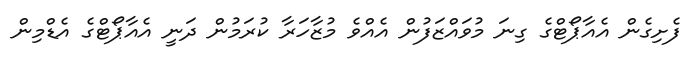
ފެށިގެން އެއާޕޯޓްގެ ގިނަ މުވައްޒަފުން އެއްވެ މުޒާހަރާ ކުރަމުން ދަނީ އެއާޕޯޓްގެ އެޑްމިން